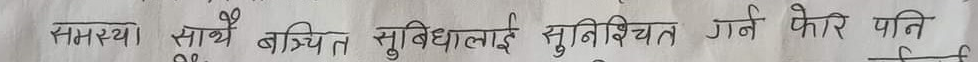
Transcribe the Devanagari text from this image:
समस्या। साथै बञ्चित सुविधाहरू सुनिश्चित गर्न फेरि पनि